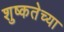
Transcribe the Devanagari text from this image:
शुष्कतेच्या